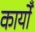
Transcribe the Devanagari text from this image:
कार्योँ